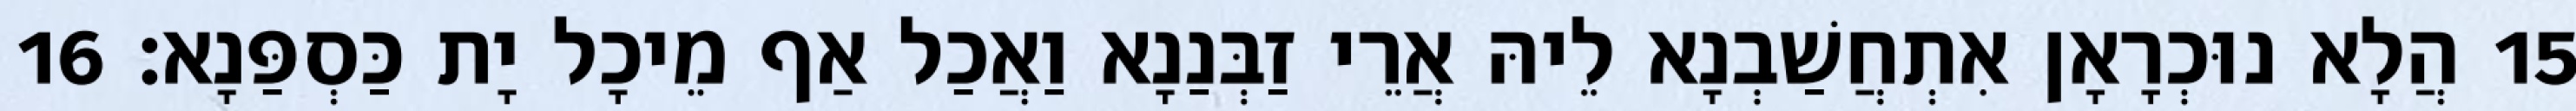
15 הֲלָא נוּכְרָאָן אִתְחֲשַׁבְנָא לֵיהּ אֲרֵי זַבְּנַנָא וַאֲכַל אַף מֵיכָל יָת כַּסְפַּנָא׃ 16